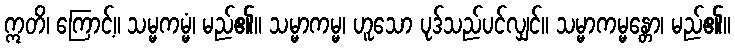
ဣတိ၊ ကြောင့်။ သမ္မကမ္မံ၊ မည်၏။ သမ္မာကမ္မ၊ ဟူသော ပုဒ်သည်ပင်လျှင်။ သမ္မာကမ္မန္တော၊ မည်၏။